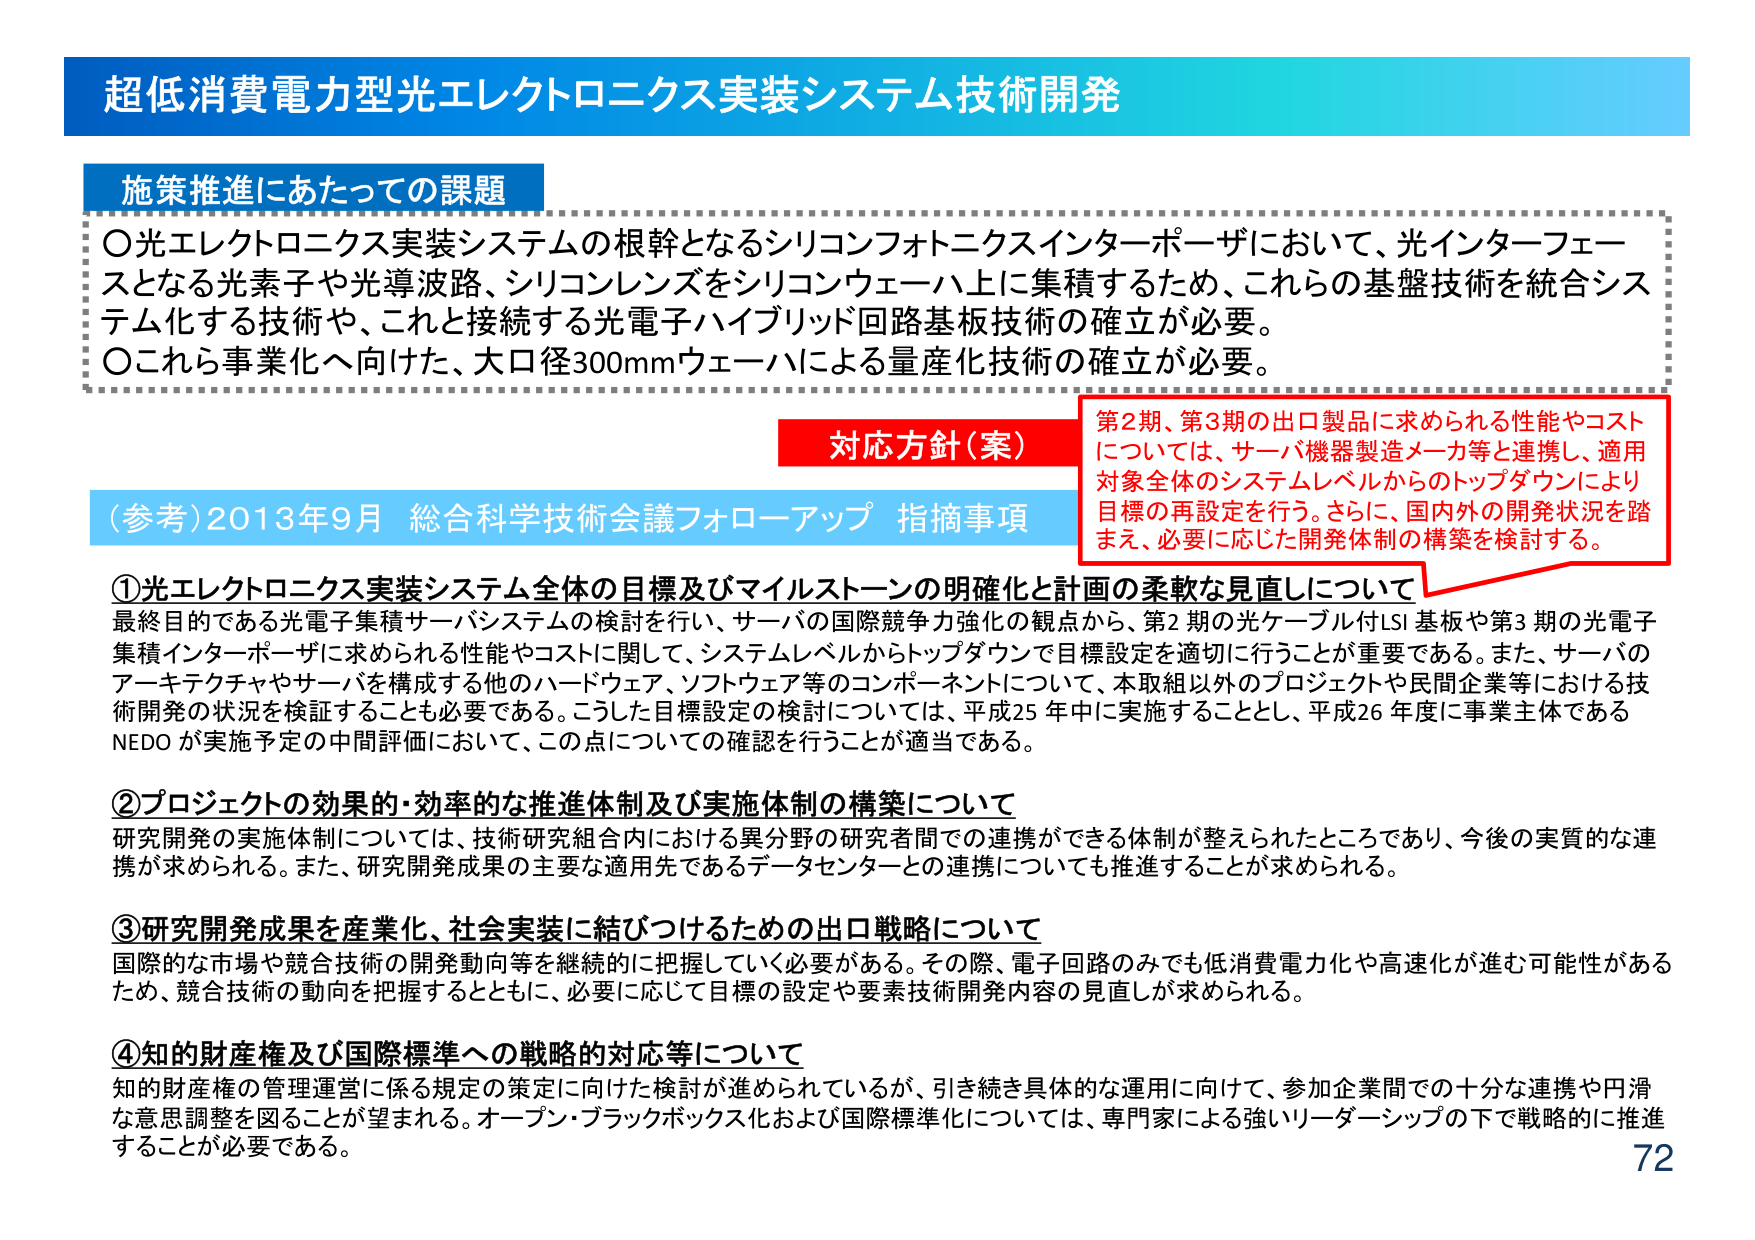
超低消費電力型光エレクトロニクス実装システム技術開発

施策推進にあたっての課題
○光エレクトロニクス実装システムの根幹となるシリコンフォトニクスインターポーザにおいて、光インターフェースとなる光素子や光導波路、シリコンレンズをシリコンウェーハ上に集積するため、これらの基盤技術を統合システム化する技術や、これと接続する光電子ハイブリッド回路基板技術の確立が必要。
○これら事業化へ向けた、大口径300mmウェーハによる量産化技術の確立が必要。

対応方針（案）
第2期、第3期の出口製品に求められる性能やコストについては、サーバ機器製造メーカ等と連携し、適用対象全体のシステムレベルからのトップダウンにより目標の再設定を行う。さらに、国内外の開発状況を踏まえ、必要に応じた開発体制の構築を検討する。

（参考）2013年9月 総合科学技術会議フォローアップ 指摘事項

①光エレクトロニクス実装システム全体の目標及びマイルストーンの明確化と計画の柔軟な見直しについて
最終目的である光電子集積サーバシステムの検討を行い、サーバの国際競争力強化の観点から、第2期の光ケーブル付LSI基板や第3期の光電子集積インターポーザに求められる性能やコストに関して、システムレベルからトップダウンで目標設定を適切に行うことが重要である。また、サーバのアーキテクチャやサーバを構成する他のハードウェア、ソフトウェア等のコンポーネントについて、本取組以外のプロジェクトや民間企業等における技術開発の状況を検証することも必要である。こうした目標設定の検討については、平成25年中に実施することとし、平成26年度に事業主体であるNEDOが実施予定の中間評価において、この点についての確認を行うことが適当である。

②プロジェクトの効果的・効率的な推進体制及び実施体制の構築について
研究開発の実施体制については、技術研究組合内における異分野の研究者間での連携ができる体制が整えられたところであり、今後の実質的な連携が求められる。また、研究開発成果の主要な適用先であるデータセンターとの連携についても推進することが求められる。

③研究開発成果を産業化、社会実装に結びつけるための出口戦略について
国際的な市場や競合技術の開発動向等を継続的に把握していく必要がある。その際、電子回路のみでも低消費電力化や高速化が進む可能性があるため、競合技術の動向を把握するとともに、必要に応じて目標の設定や要素技術開発内容の見直しが求められる。

④知的財産権及び国際標準への戦略的対応等について
知的財産権の管理運営に係る規定の策定に向けた検討が進められているが、引き続き具体的な運用に向けて、参加企業間での十分な連携や円滑な意思調整を図ることが望まれる。オープン・ブラックボックス化および国際標準化については、専門家による強いリーダーシップの下で戦略的に推進することが必要である。

72